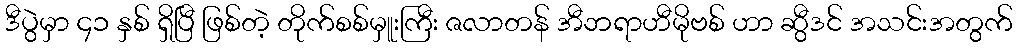
ဒီပွဲမှာ ၄၁ နှစ် ရှိပြီ ဖြစ်တဲ့ တိုက်စစ်မှူးကြီး ဇလာတန် အီဘရာဟီမိုဗစ် ဟာ ဆွီဒင် အသင်းအတွက်